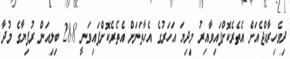
ދިވެހިރާއްޖެއަށް އެތެރެކޮށްފައިވާއިރު މިދިޔަ އަހަރުގެ އެހާތަނަށް އެތެރެކޮށްފައިވަނީ 28.8 ބިލިއަން ރުފިޔާގެ މުދާ